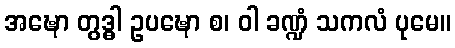
အဍ္ဎော တွဒ္ဓါ ဥပဍ္ဎော စ၊ ဝါ ခဏ္ဍံ သကလံ ပုမေ။